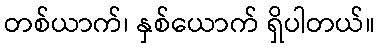
တစ်ယာက်၊ နှစ်ယောက် ရှိပါတယ်။